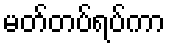
မတ်တပ်ရပ်ကာ